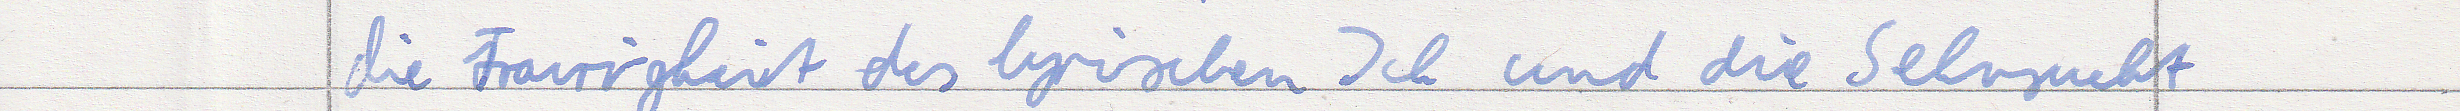
die Traurigkeit des lyrischen Ich und die Sehnsucht